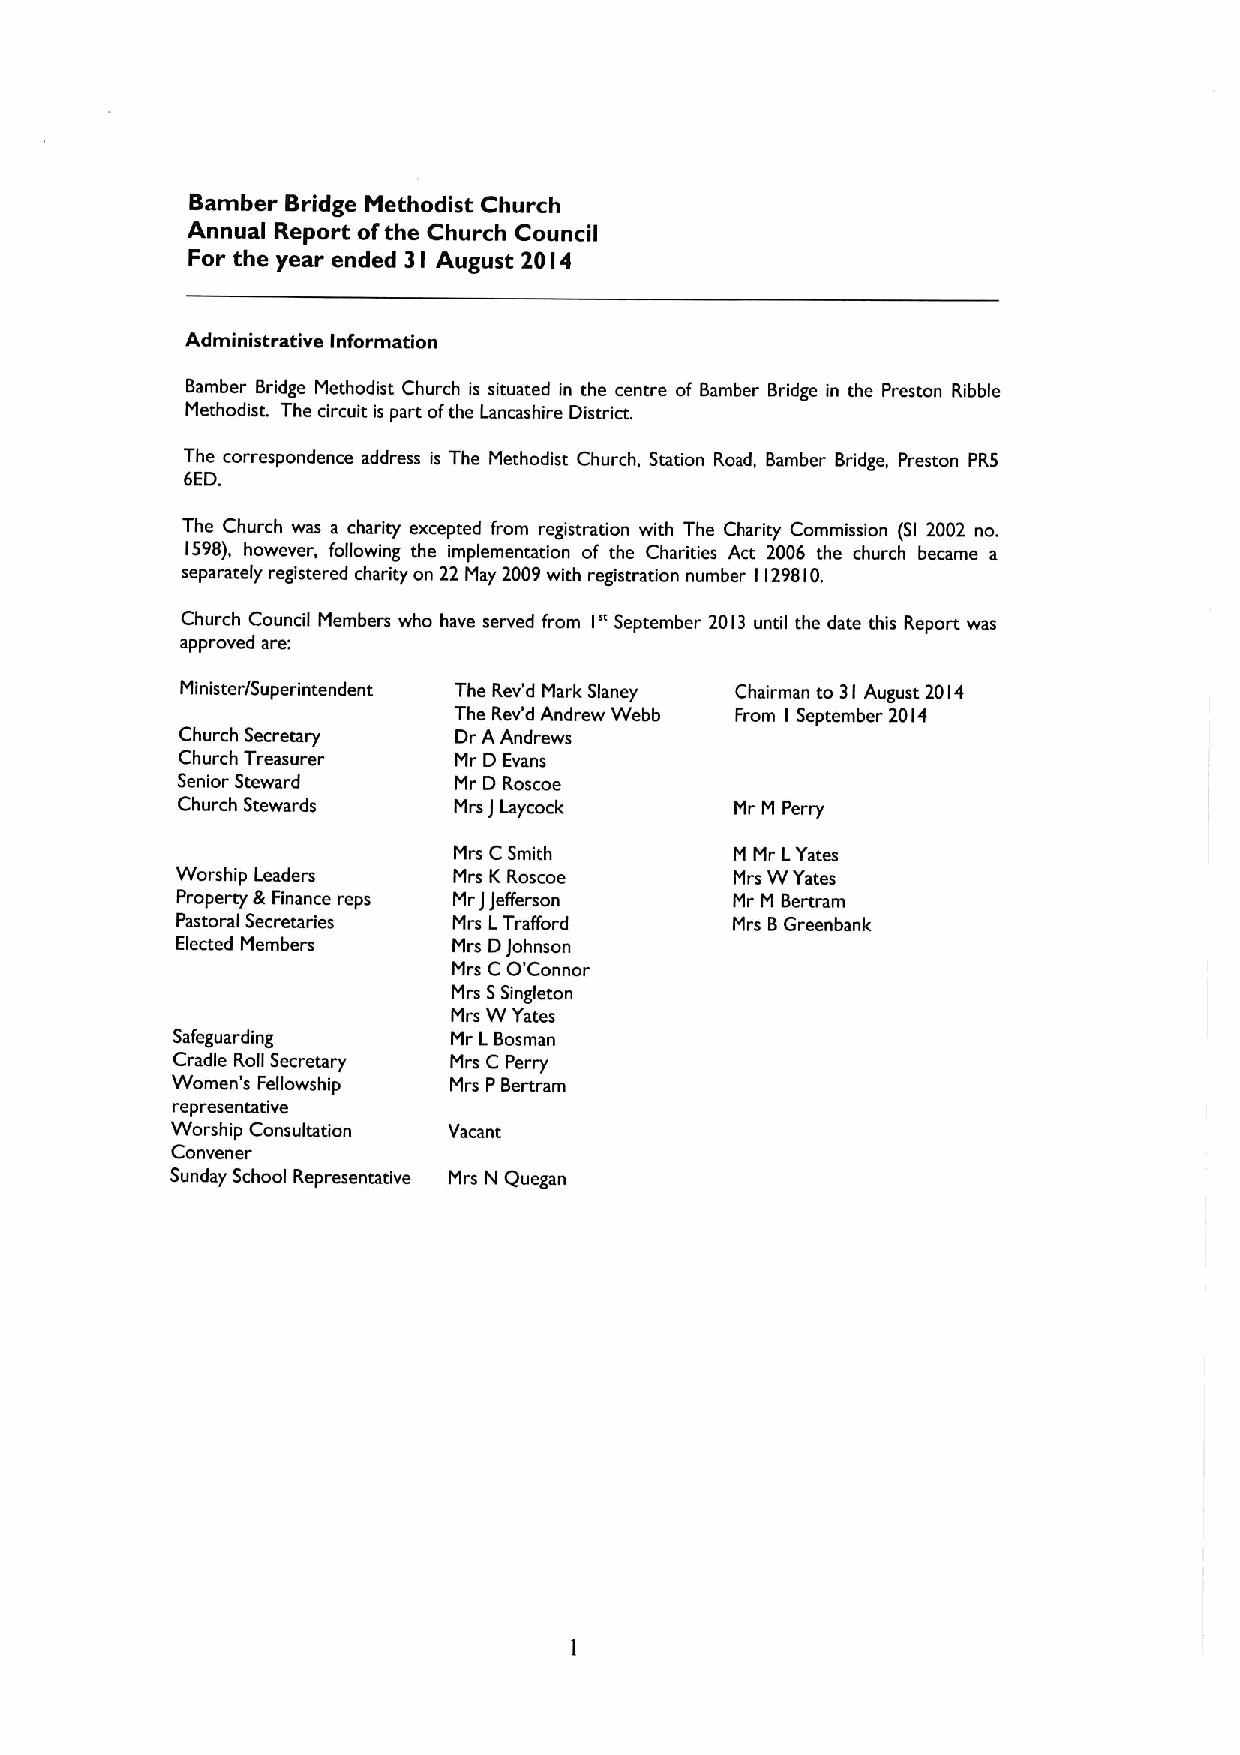
Bamber Bridge Methodist Church
 Annual Report ofthe Church Council
 For the year ended 3 I August 20 I4
 Administrative Information
 Bamber Bridge Methodist Church is situated in the centre of Bamber Bridge in the Preston Ribble
 Methodist. The circuit is part ofthe Lancashire District.
 The correspondence address is The Methodist Church, Station Road, Bamber Bridge, Preston PR5
 6ED.
 The Church was a charity excepted from registration with The Charity Commission (Sl 2002 no.
 1598), however, following the implementation of the Charities Act 2006 the church became a
 separately registered charity on 22 May 2009with registration number 1129810.
 I"
 Church Council Members who have served from September 2013 until the date this Report was
 approved are:
 Minister/Superintendent The Rev'd Mark Slaney Chairman to 31 August 2014
 The Rev'd Andrew Webb From September 2014
 I
 Church Secretary  Dr A Andrews
 Church Treasurer  Mr D Evans
 Senior Steward    Mr D Roscoe
 Church Stewards   Mrs J Laycock      Mr M Perry
 Mrs CSmith         M Mr LYates
 Worship Leaders   Mrs K Roscoe       Mrs WYates
 Property &Finance reps MrJJefferson  Mr M Bertram
 Pastoral Secretaries Mrs LTrafford   Mrs 8Greenbank
 Elected Members   Mrs DJohnson
 Mrs
 CO'
 Connor
 Mrs 5Singleton
 Mrs WYates
 Safeguarding       Mr LBosman
 Cradle Roll Secretary Mrs C Perry
 Women's Fellowship Mrs PBertram
 representative
 Worship Consultation Vacant
 Convener
 Sunday School Representative Mrs N Quegan